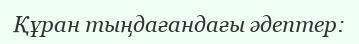
Құран тыңдағандағы әдептер: